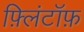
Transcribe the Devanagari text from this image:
फ़्लिंटॉफ़